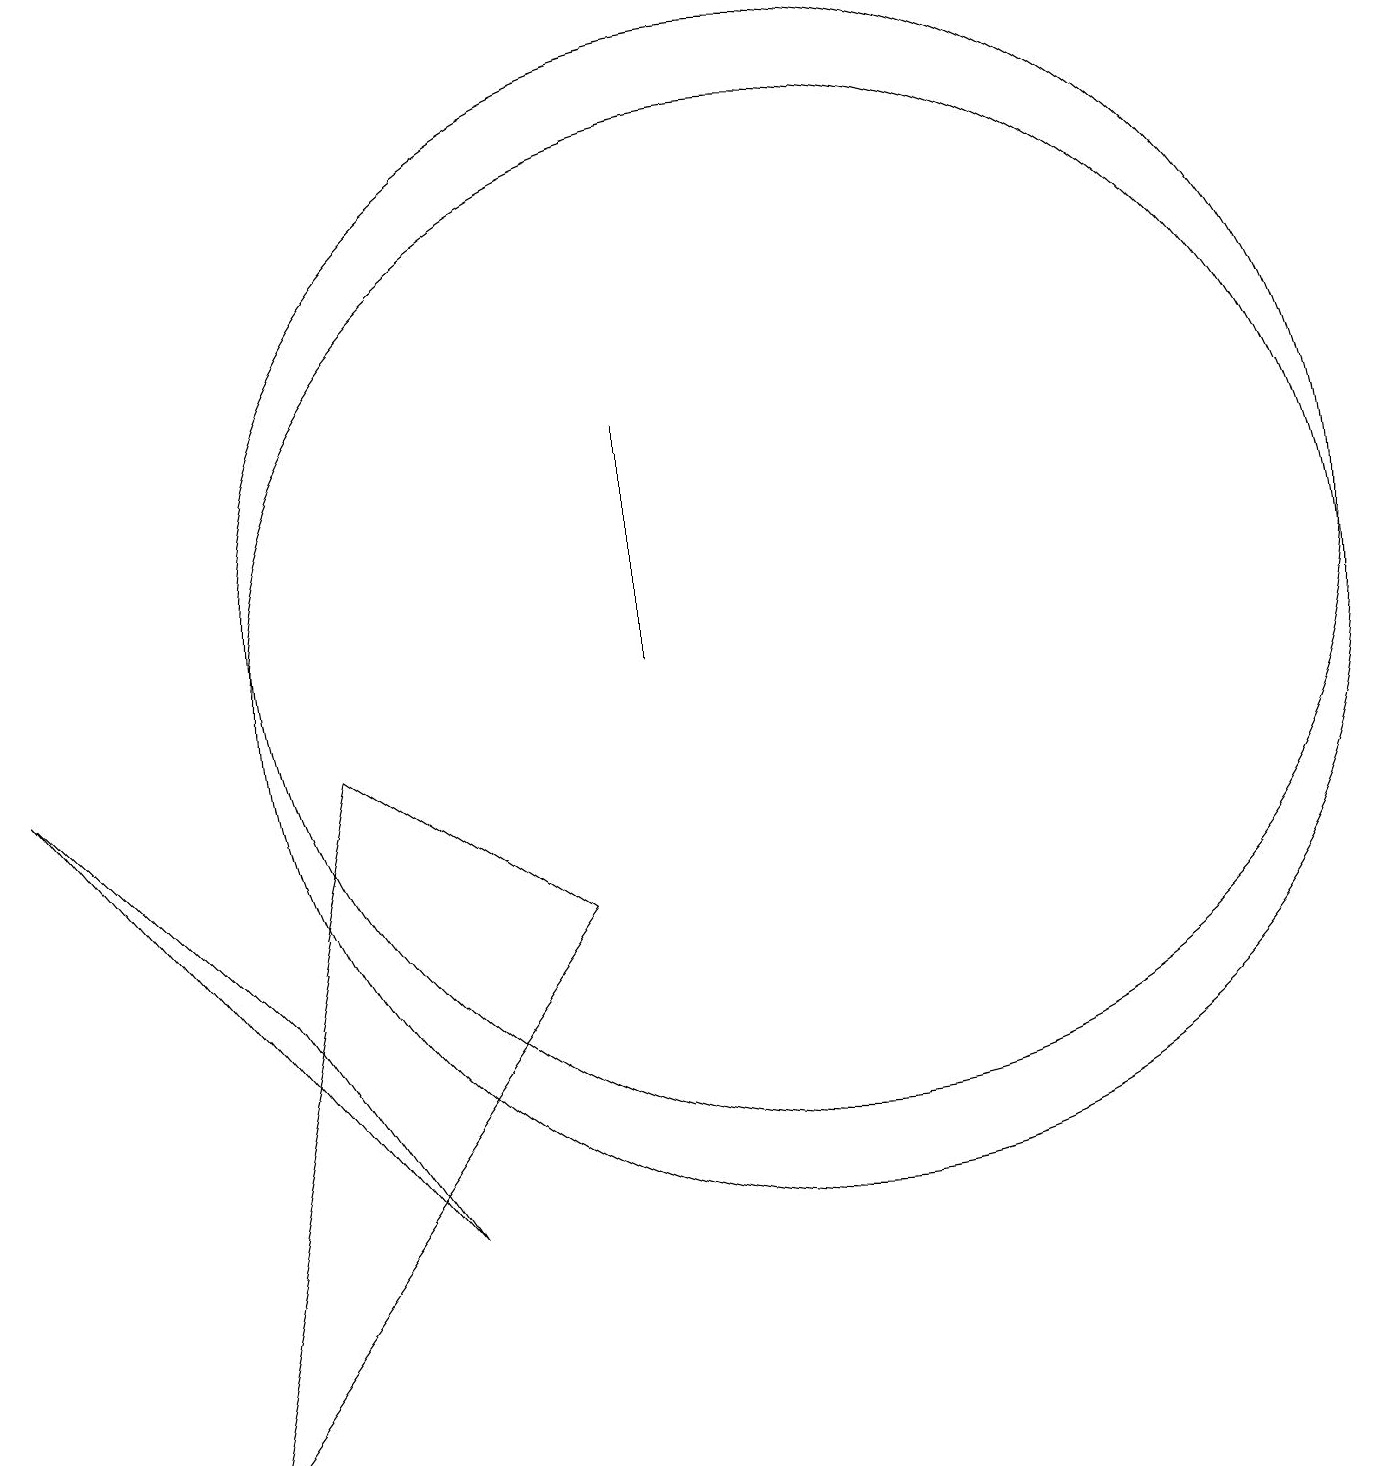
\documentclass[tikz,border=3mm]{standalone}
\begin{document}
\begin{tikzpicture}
\draw (10,10) circle (7);
\draw (10,11) circle (7);
\draw (4,9) -- (7,7) -- (2,0) -- cycle;
\draw (0,9) -- (5,3) -- (3,6) -- cycle;
\draw (8,13) rectangle (8,10);
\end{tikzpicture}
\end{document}